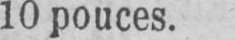
10 pouces.